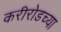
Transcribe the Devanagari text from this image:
करीरोडच्या